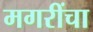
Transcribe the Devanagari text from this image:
मगरींचा